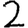
Digit: 2